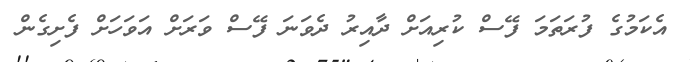
އެކަމުގެ ފުރަތަމަ ފޭސް ކުރިއަށް ދާއިރު ދެވަނަ ފޭސް ވަރަށް އަވަހަށް ފެށިގެން